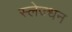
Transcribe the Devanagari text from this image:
स्लेज्धन